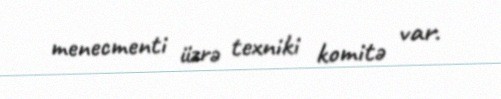
menecmenti üzrə texniki komitə var.